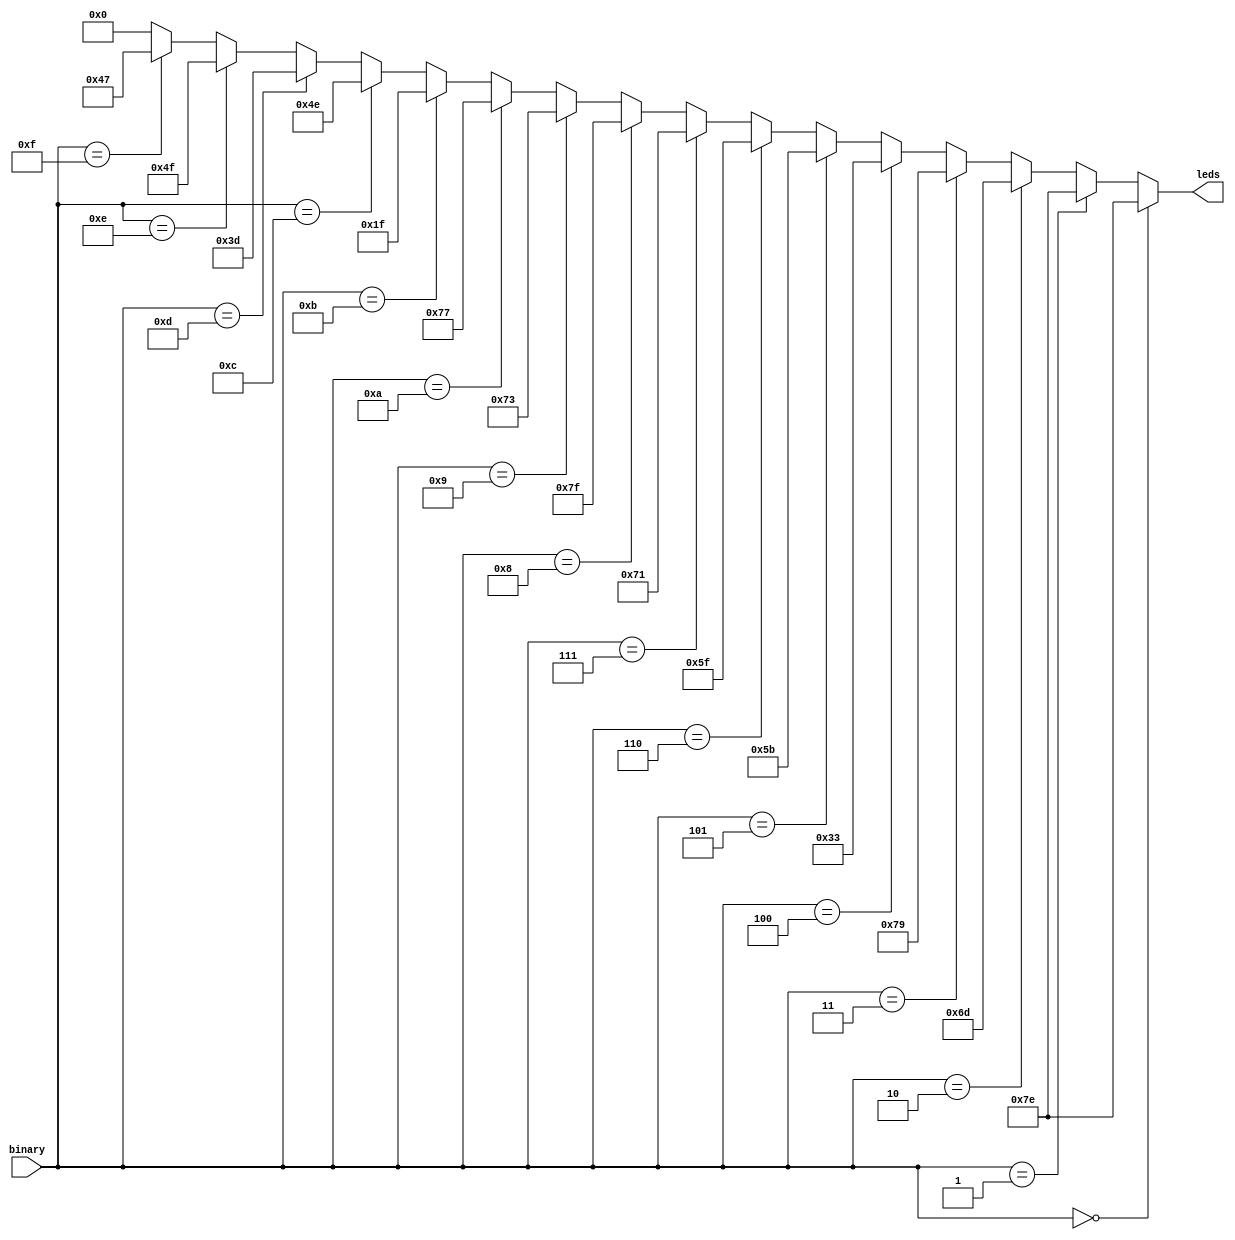
// Name: dec7seg_v3.v
//
// Description: 7-Segment Decoder: third option

module dec7seg_v3 (
  input  [3:0] binary,
  output [6:0] leds
);

  assign leds = (binary == 4'd0 ) ? 7'b1111110 :
                (binary == 4'd1 ) ? 7'b1111110 :
                (binary == 4'd2 ) ? 7'b1101101 :
                (binary == 4'd3 ) ? 7'b1111001 :
                (binary == 4'd4 ) ? 7'b0110011 :
                (binary == 4'd5 ) ? 7'b1011011 :
                (binary == 4'd6 ) ? 7'b1011111 :
                (binary == 4'd7 ) ? 7'b1110001 :
                (binary == 4'd8 ) ? 7'b1111111 :
                (binary == 4'd9 ) ? 7'b1110011 :
                (binary == 4'd10) ? 7'b1110111 :
                (binary == 4'd11) ? 7'b0011111 :
                (binary == 4'd12) ? 7'b1001110 :
                (binary == 4'd13) ? 7'b0111101 :
                (binary == 4'd14) ? 7'b1001111 :
                (binary == 4'd15) ? 7'b1000111 :
                                    7'b0000000 ;

endmodule